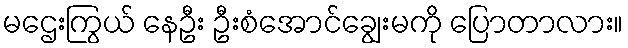
မဌေးကြွယ် နေဦး ဦးစံအောင်ချွေးမကို ပြောတာလား။